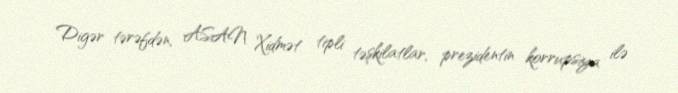
Digər tərəfdən, ASAN Xidmət tipli təşkilatlar, prezidentin korrupsiya ilə